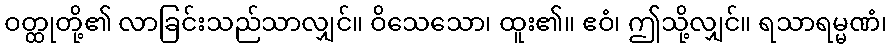
ဝတ္ထုတို့၏ လာခြင်းသည်သာလျှင်။ ဝိသေသော၊ ထူး၏။ ဧဝံ၊ ဤသို့လျှင်။ ရသာရမ္မဏံ၊